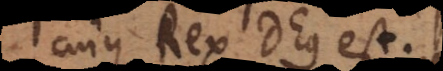
cujus Rex Deus est.